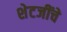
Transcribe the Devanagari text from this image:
शेटजींचे